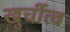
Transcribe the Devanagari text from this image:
खुर्चीत्व